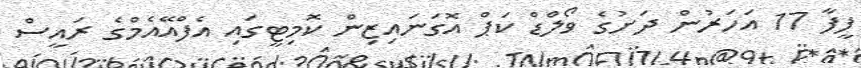
ފީފާ 17 އަހަރުން ދަށުގެ ވޯލްޑް ކަޕް އޮގަނައިޒިން ކޮމިޓީގައި އެފްއޭއެމްގެ ރައީސް